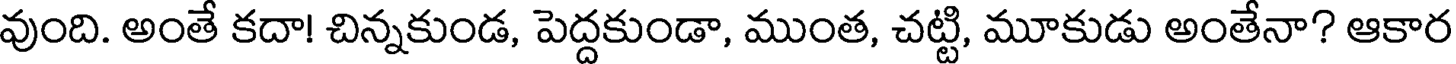
వుంది. అంతే కదా! చిన్నకుండ, పెద్దకుండా, ముంత, చట్టి, మూకుడు అంతేనా? ఆకార